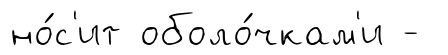
но́с'ит оболо́чкам'и -